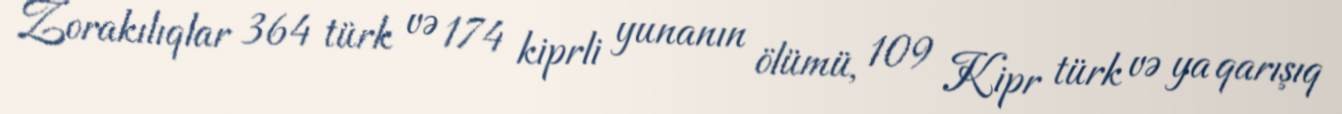
Zorakılıqlar 364 türk və 174 kiprli yunanın ölümü, 109 Kipr türk və ya qarışıq